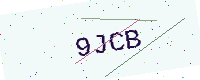
Text: 9JCB